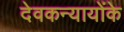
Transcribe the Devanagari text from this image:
देवकन्यायोंके